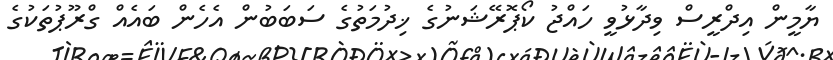
ޔާމީން އިދްރީސް ވިދާޅުވީ ހައްޖު ކޯޕޮރޭޝަނުގެ ޚިދުމަތުގެ ސަބަބުން އެހެން ބައެއް ގްރޫޕުތަކުގެ